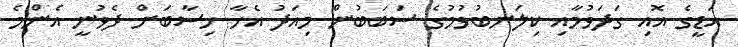
އަޑީގެ އޮއި ގަދަވުމާއި ކިލަނބުވުމުގެ ސަބަބުން މިއަދު އެހާ ހިސާބަށް ދެވުނީ އެންމެ